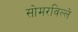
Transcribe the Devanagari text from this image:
सोमरविल्ले